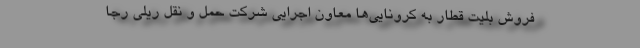
فروش بلیت قطار به کرونایی‌ها معاون اجرایی شرکت حمل و نقل ریلی رجا